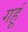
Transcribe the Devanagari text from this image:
गहूं